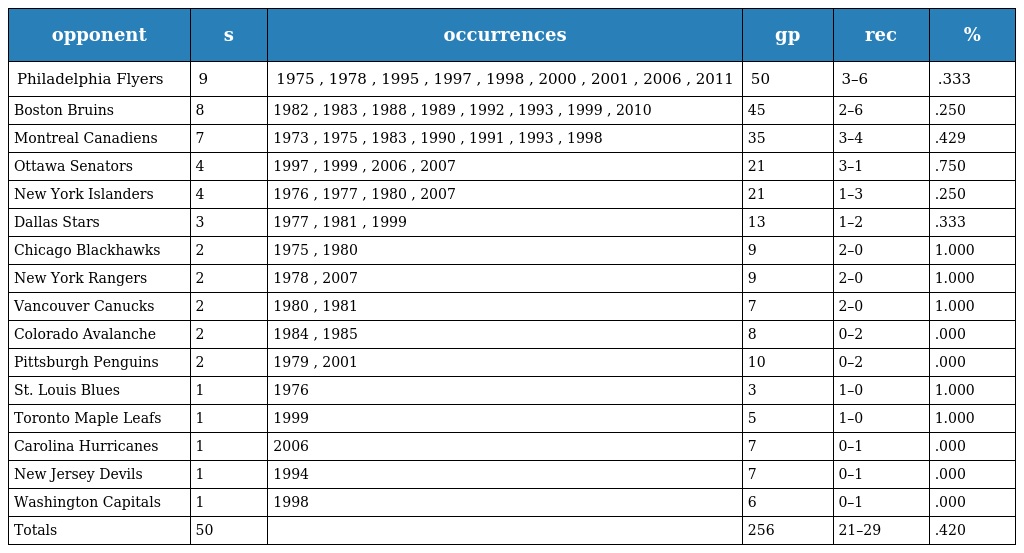
| opponent | s | occurrences | gp | rec | % |
 | --- | --- | --- | --- | --- | --- |
 | Philadelphia Flyers | 9 | 1975 , 1978 , 1995 , 1997 , 1998 , 2000 , 2001 , 2006 , 2011 | 50 | 3–6 | .333 |
 | Boston Bruins | 8 | 1982 , 1983 , 1988 , 1989 , 1992 , 1993 , 1999 , 2010 | 45 | 2–6 | .250 |
 | Montreal Canadiens | 7 | 1973 , 1975 , 1983 , 1990 , 1991 , 1993 , 1998 | 35 | 3–4 | .429 |
 | Ottawa Senators | 4 | 1997 , 1999 , 2006 , 2007 | 21 | 3–1 | .750 |
 | New York Islanders | 4 | 1976 , 1977 , 1980 , 2007 | 21 | 1–3 | .250 |
 | Dallas Stars | 3 | 1977 , 1981 , 1999 | 13 | 1–2 | .333 |
 | Chicago Blackhawks | 2 | 1975 , 1980 | 9 | 2–0 | 1.000 |
 | New York Rangers | 2 | 1978 , 2007 | 9 | 2–0 | 1.000 |
 | Vancouver Canucks | 2 | 1980 , 1981 | 7 | 2–0 | 1.000 |
 | Colorado Avalanche | 2 | 1984 , 1985 | 8 | 0–2 | .000 |
 | Pittsburgh Penguins | 2 | 1979 , 2001 | 10 | 0–2 | .000 |
 | St. Louis Blues | 1 | 1976 | 3 | 1–0 | 1.000 |
 | Toronto Maple Leafs | 1 | 1999 | 5 | 1–0 | 1.000 |
 | Carolina Hurricanes | 1 | 2006 | 7 | 0–1 | .000 |
 | New Jersey Devils | 1 | 1994 | 7 | 0–1 | .000 |
 | Washington Capitals | 1 | 1998 | 6 | 0–1 | .000 |
 | Totals | 50 |  | 256 | 21–29 | .420 |